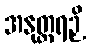
အနုတ္တရဉှိ